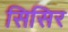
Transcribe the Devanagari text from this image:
सिसिर